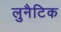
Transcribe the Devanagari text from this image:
लुनैटिक